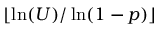
\lfloor \ln ( U ) / \ln ( 1 - p ) \rfloor